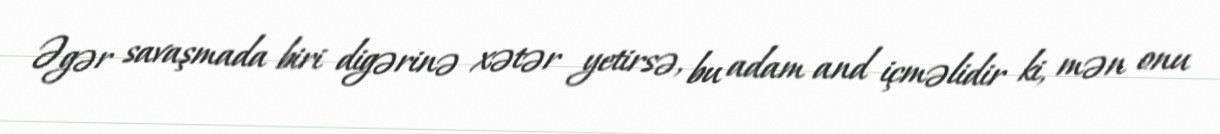
Əgər savaşmada biri digərinə xətər yetirsə, bu adam and içməlidir ki, mən onu